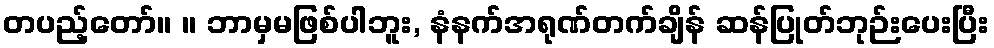
တပည့်တော်။ ။ ဘာမှမဖြစ်ပါဘူး, နံနက်အရုဏ်တက်ချိန် ဆန်ပြုတ်ဘုဉ်းပေးပြီး